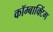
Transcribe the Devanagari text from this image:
कॉम्बाक्टिंग